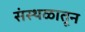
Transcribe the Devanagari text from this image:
संस्थळातून